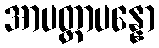
အာပတ္တာပန္နော